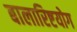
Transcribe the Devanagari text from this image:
बालारिष्टयोग